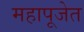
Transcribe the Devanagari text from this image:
महापूजेत